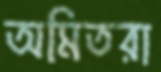
অমিতরা